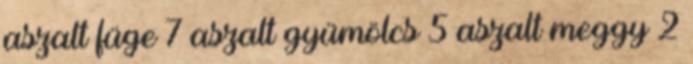
aszalt füge 7 aszalt gyümölcs 5 aszalt meggy 2